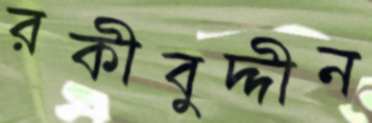
রকীবুদ্দীন